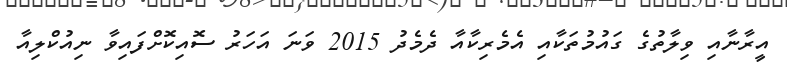
އީރާނާއި ވިލާތުގެ ގައުމުތަކާއި އެމެރިކާއާ ދެމެދު 2015 ވަނަ އަހަރު ސޮއިކޮށްފައިވާ ނިއުކްލިއާ